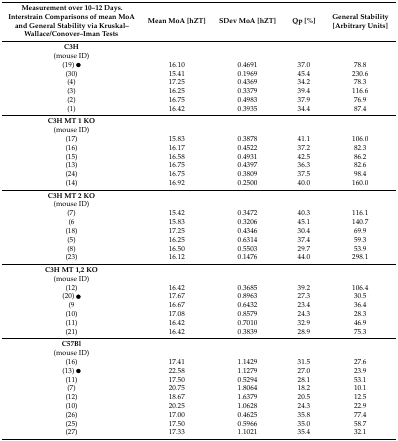
<table><thead><tr><td><b>Measurement over 10–12 Days.Interstrain Comparisons of mean MoA and General Stability via Kruskal–Wallace/Conover–Iman Tests</b></td><td><b>Mean MoA [hZT]</b></td><td><b>SDev MoA [hZT]</b></td><td><b>Qp [%]</b></td><td><b>General Stability [Arbitrary Units]</b></td></tr></thead><tbody><tr><td><b>C3H</b></td><td></td><td></td><td></td><td></td></tr><tr><td>(mouse ID)</td><td></td><td></td><td></td><td></td></tr><tr><td>(19) ●</td><td>16.10</td><td>0.4691</td><td>37.0</td><td>78.8</td></tr><tr><td>(30)</td><td>15.41</td><td>0.1969</td><td>45.4</td><td>230.6</td></tr><tr><td>(4)</td><td>17.25</td><td>0.4369</td><td>34.2</td><td>78.3</td></tr><tr><td>(3)</td><td>16.25</td><td>0.3379</td><td>39.4</td><td>116.6</td></tr><tr><td>(2)</td><td>16.75</td><td>0.4983</td><td>37.9</td><td>76.9</td></tr><tr><td>(1)</td><td>16.42</td><td>0.3935</td><td>34.4</td><td>87.4</td></tr><tr><td><b>C3H MT 1 KO</b></td><td></td><td></td><td></td><td></td></tr><tr><td>(mouse ID)</td><td></td><td></td><td></td><td></td></tr><tr><td>(17)</td><td>15.83</td><td>0.3878</td><td>41.1</td><td>106.0</td></tr><tr><td>(16)</td><td>16.17</td><td>0.4522</td><td>37.2</td><td>82.3</td></tr><tr><td>(15)</td><td>16.58</td><td>0.4931</td><td>42.5</td><td>86.2</td></tr><tr><td>(13)</td><td>16.75</td><td>0.4397</td><td>36.3</td><td>82.6</td></tr><tr><td>(24)</td><td>16.75</td><td>0.3809</td><td>37.5</td><td>98.4</td></tr><tr><td>(14)</td><td>16.92</td><td>0.2500</td><td>40.0</td><td>160.0</td></tr><tr><td><b>C3H MT 2 KO</b></td><td></td><td></td><td></td><td></td></tr><tr><td>(mouse ID)</td><td></td><td></td><td></td><td></td></tr><tr><td>(7)</td><td>15.42</td><td>0.3472</td><td>40.3</td><td>116.1</td></tr><tr><td>(6</td><td>15.83</td><td>0.3206</td><td>45.1</td><td>140.7</td></tr><tr><td>(18)</td><td>17.25</td><td>0.4346</td><td>30.4</td><td>69.9</td></tr><tr><td>(5)</td><td>16.25</td><td>0.6314</td><td>37.4</td><td>59.3</td></tr><tr><td>(8)</td><td>16.50</td><td>0.5503</td><td>29.7</td><td>53.9</td></tr><tr><td>(23)</td><td>16.12</td><td>0.1476</td><td>44.0</td><td>298.1</td></tr><tr><td><b>C3H MT 1,2 KO</b></td><td></td><td></td><td></td><td></td></tr><tr><td>(mouse ID)</td><td></td><td></td><td></td><td></td></tr><tr><td>(12)</td><td>16.42</td><td>0.3685</td><td>39.2</td><td>106.4</td></tr><tr><td>(20) ●</td><td>17.67</td><td>0.8963</td><td>27.3</td><td>30.5</td></tr><tr><td>(9</td><td>16.67</td><td>0.6432</td><td>23.4</td><td>36.4</td></tr><tr><td>(10)</td><td>17.08</td><td>0.8579</td><td>24.3</td><td>28.3</td></tr><tr><td>(11)</td><td>16.42</td><td>0.7010</td><td>32.9</td><td>46.9</td></tr><tr><td>(21)</td><td>16.42</td><td>0.3839</td><td>28.9</td><td>75.3</td></tr><tr><td><b>C57Bl</b></td><td></td><td></td><td></td><td></td></tr><tr><td>(mouse ID)</td><td></td><td></td><td></td><td></td></tr><tr><td>(16)</td><td>17.41</td><td>1.1429</td><td>31.5</td><td>27.6</td></tr><tr><td>(13) ●</td><td>22.58</td><td>1.1279</td><td>27.0</td><td>23.9</td></tr><tr><td>(11)</td><td>17.50</td><td>0.5294</td><td>28.1</td><td>53.1</td></tr><tr><td>(7)</td><td>20.75</td><td>1.8064</td><td>18.2</td><td>10.1</td></tr><tr><td>(12)</td><td>18.67</td><td>1.6379</td><td>20.5</td><td>12.5</td></tr><tr><td>(10)</td><td>20.25</td><td>1.0628</td><td>24.3</td><td>22.9</td></tr><tr><td>(26)</td><td>17.00</td><td>0.4625</td><td>35.8</td><td>77.4</td></tr><tr><td>(25)</td><td>17.50</td><td>0.5966</td><td>35.0</td><td>58.7</td></tr><tr><td>(27)</td><td>17.33</td><td>1.1021</td><td>35.4</td><td>32.1</td></tr></tbody></table>